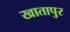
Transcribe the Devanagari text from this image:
खातापुर